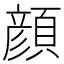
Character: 顔